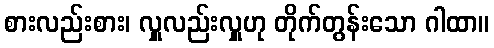
စားလည်းစား၊ လှူလည်းလှူဟု တိုက်တွန်းသော ဂါထာ။